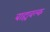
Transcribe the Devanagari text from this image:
बाह्यवल्क